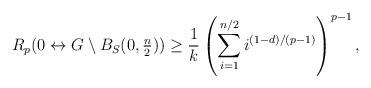
LaTeX: \begin{align*}R_p(0\leftrightarrow G\setminus B_S(0,\textstyle\frac{n}{2}))\ge\displaystyle\frac{1}{k}\left(\sum_{i=1}^{n/2}i^{(1-d)/(p-1)}\right)^{p-1},\end{align*}